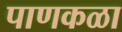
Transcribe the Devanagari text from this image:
पाणकळा